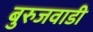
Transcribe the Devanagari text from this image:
बुरुजवाडी